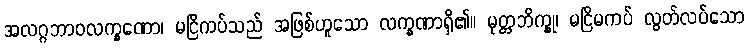
အလဂ္ဂဘာဝလက္ခဏော၊ မငြိကပ်သည် အဖြစ်ဟူသော လက္ခဏာရှိ၏။ မုတ္တဘိက္ခု၊ မငြိမကပ် လွတ်လပ်သော